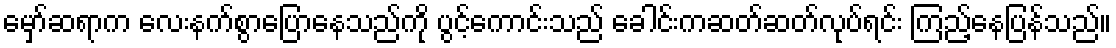
မှော်ဆရာက လေးနက်စွာပြောနေသည်ကို ပွင့်ကောင်းသည် ခေါင်းကဆတ်ဆတ်လုပ်ရင်း ကြည့်နေပြန်သည်။